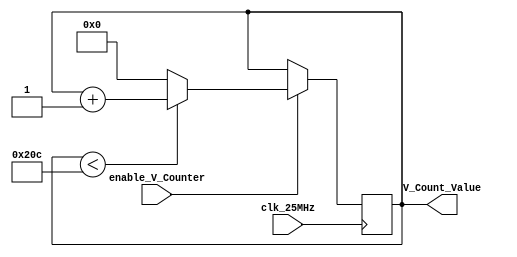
`timescale 1ns / 1ps
module vertical_counter(
    input clk_25MHz, // clock for VGA
    input enable_V_Counter, // enable
    output reg [15:0] V_Count_Value = 0
    );
    always@(posedge clk_25MHz)
    begin
    // when enabled, count up 1
    if(enable_V_Counter == 1'b1)
        begin
            if(V_Count_Value < 524)
                V_Count_Value <= V_Count_Value + 1;
            else
                V_Count_Value <= 0;
        end
    end
endmodule